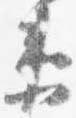
衛